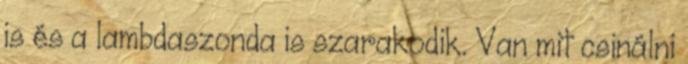
is és a lambdaszonda is szarakodik. Van mit csinálni